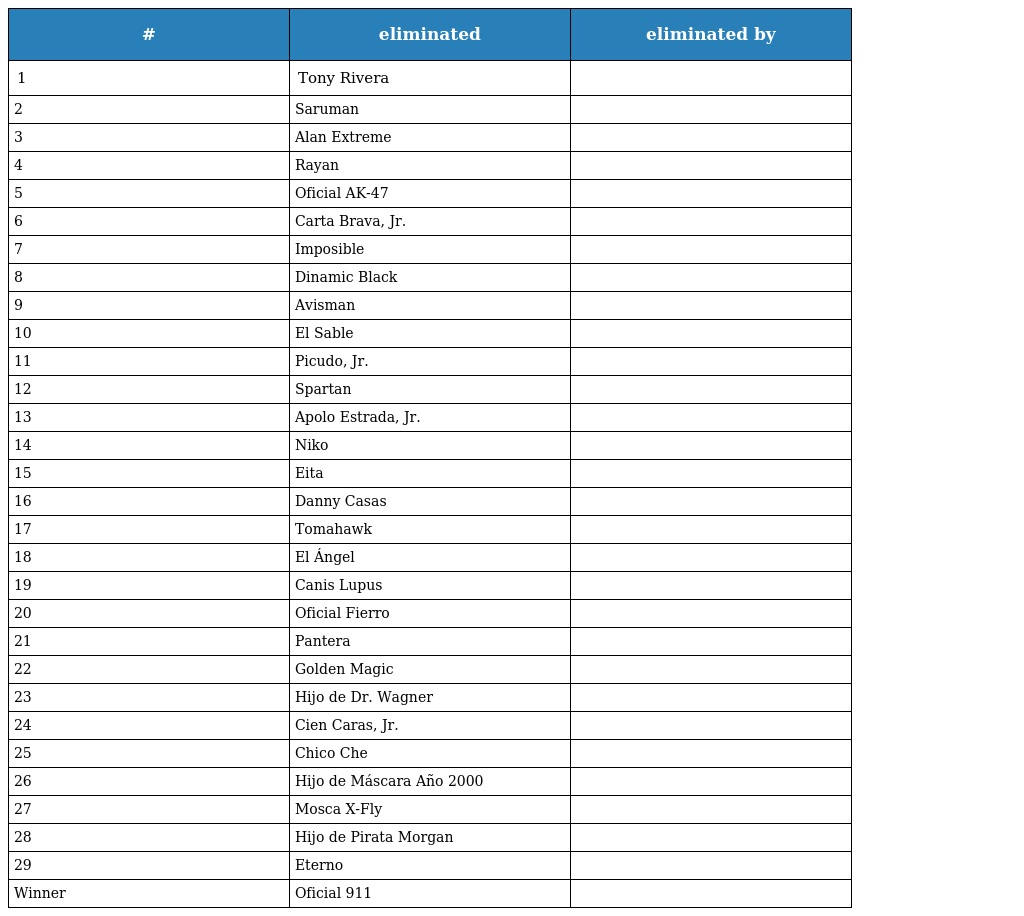
| # | eliminated | eliminated by |
 | --- | --- | --- |
 | 1 | Tony Rivera |  |
 | 2 | Saruman |  |
 | 3 | Alan Extreme |  |
 | 4 | Rayan |  |
 | 5 | Oficial AK-47 |  |
 | 6 | Carta Brava, Jr. |  |
 | 7 | Imposible |  |
 | 8 | Dinamic Black |  |
 | 9 | Avisman |  |
 | 10 | El Sable |  |
 | 11 | Picudo, Jr. |  |
 | 12 | Spartan |  |
 | 13 | Apolo Estrada, Jr. |  |
 | 14 | Niko |  |
 | 15 | Eita |  |
 | 16 | Danny Casas |  |
 | 17 | Tomahawk |  |
 | 18 | El Ángel |  |
 | 19 | Canis Lupus |  |
 | 20 | Oficial Fierro |  |
 | 21 | Pantera |  |
 | 22 | Golden Magic |  |
 | 23 | Hijo de Dr. Wagner |  |
 | 24 | Cien Caras, Jr. |  |
 | 25 | Chico Che |  |
 | 26 | Hijo de Máscara Año 2000 |  |
 | 27 | Mosca X-Fly |  |
 | 28 | Hijo de Pirata Morgan |  |
 | 29 | Eterno |  |
 | Winner | Oficial 911 |  |